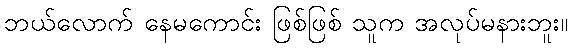
ဘယ်လောက် နေမကောင်း ဖြစ်ဖြစ် သူက အလုပ်မနားဘူး။